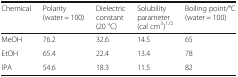
| Chemical | Polarity (water = 100) | Dielectric constant (20 °C) | Solubility parameter (cal cm3)1/2 | Boiling point/°C (water = 100) |
 | --- | --- | --- | --- | --- |
 | MeOH | 76.2 | 32.6 | 14.5 | 65 |
 | EtOH | 65.4 | 22.4 | 13.4 | 78 |
 | IPA | 54.6 | 18.3 | 11.5 | 82 |